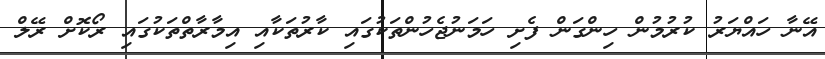
އޭނާ ހައްޔަރު ކުރުމުން ހިންގަން ފެށި ހަމަނުޖެހުންތަކުގައި ކާރުތަކާއި އިމާރާތްތަކުގައި ރޯކޮށް ރޭލް